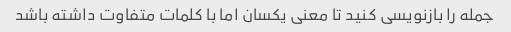
جمله را بازنویسی کنید تا معنی یکسان اما با کلمات متفاوت داشته باشد